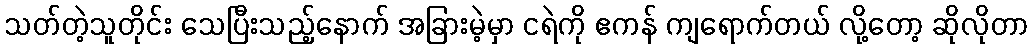
သတ်တဲ့သူတိုင်း သေပြီးသည့်နောက် အခြားမဲ့မှာ ငရဲကို ဧကန် ကျရောက်တယ် လို့တော့ ဆိုလိုတာ